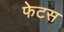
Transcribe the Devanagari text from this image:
फेटस